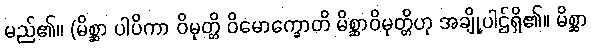
မည်၏။ (မိစ္ဆာ ပါပိကာ ဝိမုတ္တိ ဝိမောက္ခောတိ မိစ္ဆာဝိမုတ္တိဟု အချို့ပါဌ်ရှိ၏။ မိစ္ဆာ